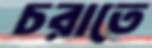
চরাতে